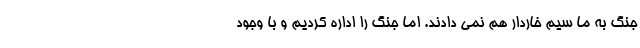
جنگ به ما سیم خاردار هم نمی دادند. اما جنگ را اداره کردیم و با وجود